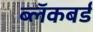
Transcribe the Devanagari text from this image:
ब्लॅकबर्ड